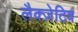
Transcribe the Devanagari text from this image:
लैक्ज़ेटिव